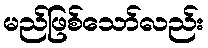
မည်ဖြစ်သော်လည်း